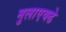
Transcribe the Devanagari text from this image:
मुलाएवढे